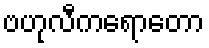
ဗဟုလီကရောတော